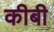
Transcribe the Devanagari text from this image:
कीबी